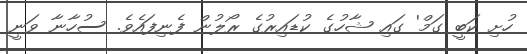
ހުށި ކަބީ ގަމް' ގައި ޝާހުގެ ކުޑައިރުގެ ރޯލުން ފެނިފައެވެ. ސުހާނާ ވަނީ